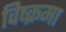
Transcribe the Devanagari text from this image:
विष्क्रमा